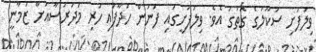
ވިލުފުށި ސުކޫލުގެ ގޮތުގަ އެވެ. ވިލުފުށީގައި ފަނުން ހަދާފައި ހުރި މަދަރުސާއަށް ޒަމާނީ